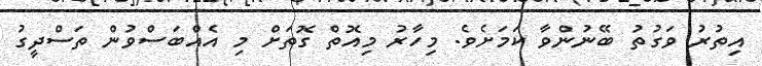
އިތުރު ވަގުތު ބޭނުންވާ ކަމަށެވެ. މިހާރު މިއޮތް ގޮތަށް މި އެއްބަސްވުން ތަސްދީގު